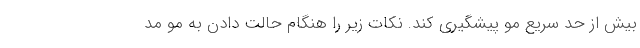
بیش از حد سریع مو پیشگیری کند. نکات زیر را هنگام حالت دادن به مو مد